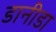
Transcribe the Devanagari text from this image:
डानीडा